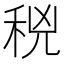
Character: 𥞝